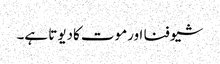
شیو فنا اورموت کادیوتا ہے۔